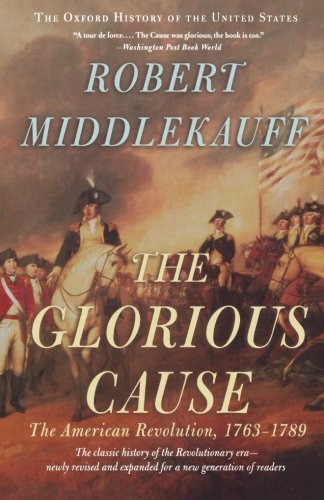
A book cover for The Glorious Cause: The American Revolution, 1763-1789 (Oxford History of the United States); Robert Middlekauff; History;